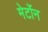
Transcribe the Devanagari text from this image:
मेर्टोन